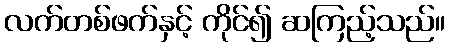
လက်တစ်ဖက်နှင့် ကိုင်၍ ဆကြည့်သည်။